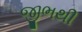
જીભથી